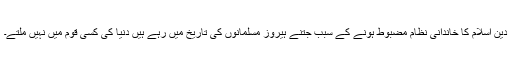
دین اسلام کا خاندانی نظام مضبوط ہونے کے سبب جتنے ہیروز مسلمانوں کی تاریخ میں رہے ہیں دنیا کی کسی قوم میں نہیں ملتے۔